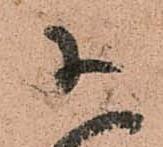
参